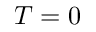
T = 0